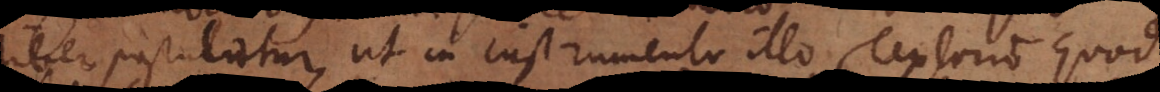
liber postulatur, ut in instrumento illo Textorio quod